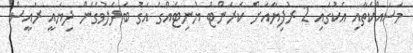
މަސައްކަތާއި އެކުގައި 2 ރުފިޔާއަށް ކަރަންޓް ޔުނިޓެއްގެ އަގު ބަދަލުވެގެން ދިޔައީ ރައީސް